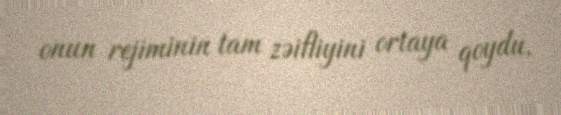
onun rejiminin tam zəifliyini ortaya qoydu.